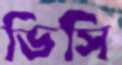
ডিসি